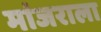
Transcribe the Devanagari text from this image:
मांजराला